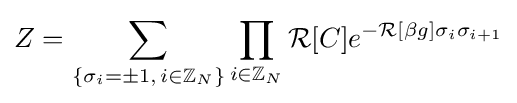
Z=\sum _{\{\sigma _{i}=\pm 1,\,i\in \mathbb {Z} _{N}\}}\prod _{i\in \mathbb {Z} _{N}}{\mathcal {R}}[C]e^{-{\mathcal {R}}[\beta g]\sigma _{i}\sigma _{i+1}}